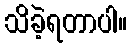
သိခဲ့ရတာပါ။